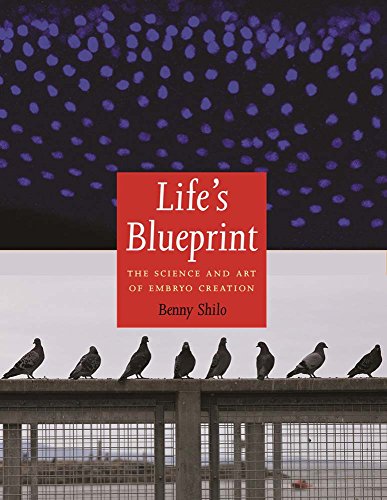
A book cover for Life's Blueprint: The Science and Art of Embryo Creation; Benny Shilo; Medical Books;